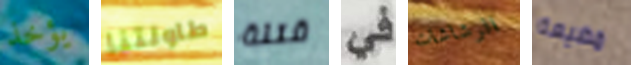
يؤخذ طاولتنا قتلة في الرشاشات مضيعة